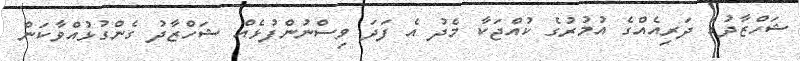
ޝަހްޒާދުގެ ދަރިއެއްގެ އުމުރުގެ ކުއްޖަކާ މެދު އެ ފަދަ ވިސްނުންފުޅެއް ޝަހްޒާދު ގެންގުޅުއްވާކަން